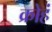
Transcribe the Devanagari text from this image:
क्रोहं